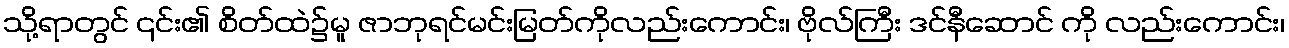
သို့ရာတွင် ၎င်း၏ စိတ်ထဲ၌မူ ဇာဘုရင်မင်းမြတ်ကိုလည်းကောင်း၊ ဗိုလ်ကြီး ဒင်နီဆောင် ကို လည်းကောင်း၊